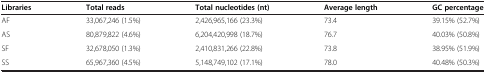
<table><thead><tr><td><b>Libraries</b></td><td><b>Total reads</b></td><td><b>Total nucleotides (nt)</b></td><td><b>Average length</b></td><td><b>GC percentage</b></td></tr></thead><tbody><tr><td>AF</td><td>33,067,246 (1.5%)</td><td>2,426,965,166 (23.3%)</td><td>73.4</td><td>39.15% (52.7%)</td></tr><tr><td>AS</td><td>80,879,822 (4.6%)</td><td>6,204,420,998 (18.7%)</td><td>76.7</td><td>40.03% (50.8%)</td></tr><tr><td>SF</td><td>32,678,050 (1.3%)</td><td>2,410,831,266 (22.8%)</td><td>73.8</td><td>38.95% (51.9%)</td></tr><tr><td>SS</td><td>65,967,360 (4.5%)</td><td>5,148,749,102 (17.1%)</td><td>78.0</td><td>40.48% (50.3%)</td></tr></tbody></table>